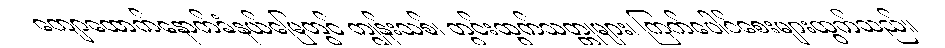
ကျောထောက်နောက်ခံနယ်မြေတွင် ကျွန်းသစ်၊ တွင်းထွက်သတ္တုများ၊ ကြက်ပေါင်စေးများထွက်သည်။